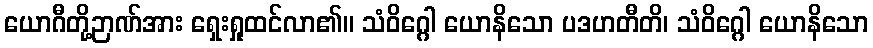
ယောဂီတို့ဉာဏ်အား ရှေးရှုထင်လာ၏။ သံဝိဂ္ဂေါ ယောနိသော ပဒဟတီတိ၊ သံဝိဂ္ဂေါ ယောနိသော